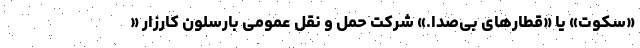
«سکوت» یا «قطارهای بی‌صدا.» شرکت حمل و نقل عمومی بارسلون کارزار «